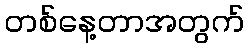
တစ်နေ့တာအတွက်